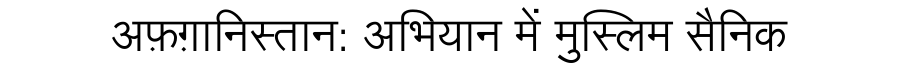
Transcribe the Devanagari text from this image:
अफ़ग़ानिस्तान: अभियान में मुस्लिम सैनिक